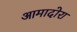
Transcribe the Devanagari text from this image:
आमादोरा